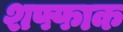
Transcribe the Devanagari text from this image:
शफ्फाक